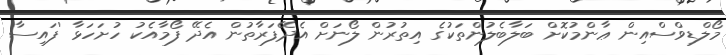
މޯލްޑިވްސްއިން ޢާންމުކޮށް ބަލާބެލުންތަކުގެ އިތުރުން ލޯނަށް އެދޭފަރާތުން އެދޭ ފޯމާއެކު ހުށަހަޅާ 'ފައިސާ